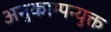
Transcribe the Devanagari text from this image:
अनुकाम्पन्युक्त